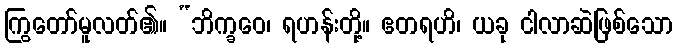
ကြွတော်မူလတ်၏။ “ဘိက္ခဝေ၊ ရဟန်းတို့။ ဧတရဟိ၊ ယခု ငါလာဆဲဖြစ်သော